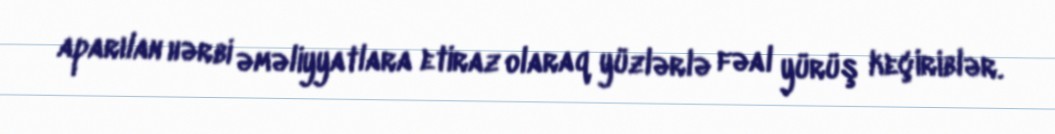
aparılan hərbi əməliyyatlara etiraz olaraq yüzlərlə fəal yürüş keçiriblər.